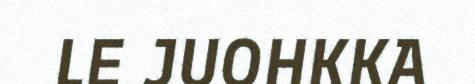
LE JUOHKKA